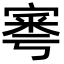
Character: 𡩭